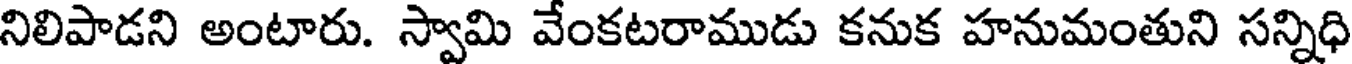
నిలిపాడని అంటారు. స్వామి వేంకటరాముడు కనుక హనుమంతుని సన్నిధి